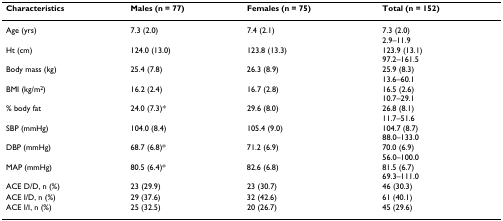
| Characteristics | Males (n = 77) | Females (n = 75) | Total (n = 152) |
 | --- | --- | --- | --- |
 | Age (yrs) | 7.3 (2.0) | 7.4 (2.1) | 7.3 (2.0)2.9–11.9 |
 | Ht (cm) | 124.0 (13.0) | 123.8 (13.3) | 123.9 (13.1)97.2–161.5 |
 | Body mass (kg) | 25.4 (7.8) | 26.3 (8.9) | 25.9 (8.3)13.6–60.1 |
 | BMI (kg/m2) | 16.2 (2.4) | 16.7 (2.8) | 16.5 (2.6)10.7–29.1 |
 | % body fat | 24.0 (7.3)* | 29.6 (8.0) | 26.8 (8.1)11.7–51.6 |
 | SBP (mmHg) | 104.0 (8.4) | 105.4 (9.0) | 104.7 (8.7)88.0–133.0 |
 | DBP (mmHg) | 68.7 (6.8)* | 71.2 (6.9) | 70.0 (6.9)56.0–100.0 |
 | MAP (mmHg) | 80.5 (6.4)* | 82.6 (6.8) | 81.5 (6.7)69.3–111.0 |
 | ACE D/D, n (%) | 23 (29.9) | 23 (30.7) | 46 (30.3) |
 | ACE I/D, n (%) | 29 (37.6) | 32 (42.6) | 61 (40.1) |
 | ACE I/I, n (%) | 25 (32.5) | 20 (26.7) | 45 (29.6) |